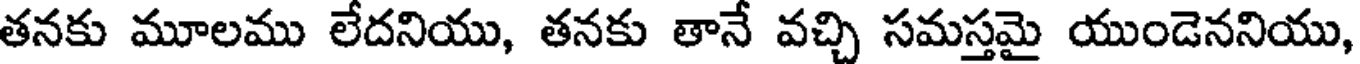
తనకు మూలము లేదనియు, తనకు తానే వచ్చి సమస్తమై యుండెననియు,